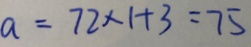
a = 7 2 \times 1 + 3 = 7 5